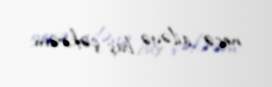
neçə ailəyə baş çəkirəm.